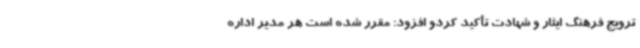
ترویج فرهنگ ایثار و شهادت تأکید کردو افزود: مقرر شده است هر مدیر اداره